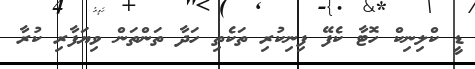
ޑީ ކްލިނިކް ހޮޓާ ކެފޭ ފިނިކުރި ތަކެތި ހަދާ ތަންތަން ވިޔަފާރި ކުރާ